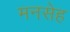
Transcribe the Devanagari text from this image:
मनसेह